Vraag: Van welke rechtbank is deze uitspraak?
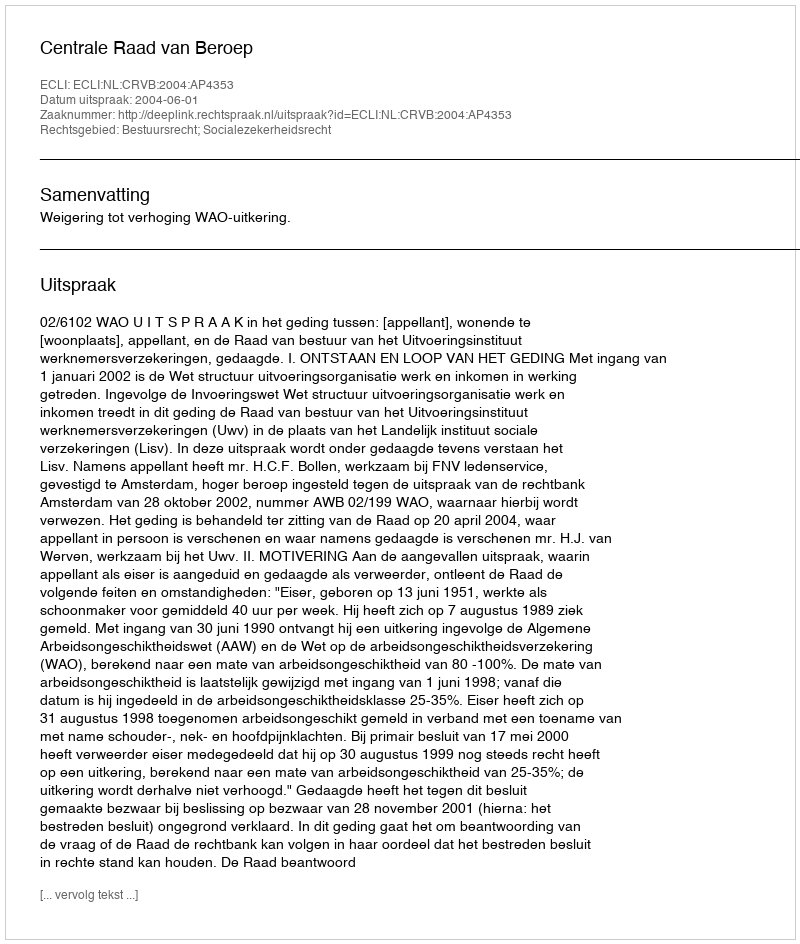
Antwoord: Centrale Raad van Beroep